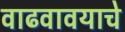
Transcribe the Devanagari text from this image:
वाढवावयाचे